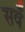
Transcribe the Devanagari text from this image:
सर्वँ